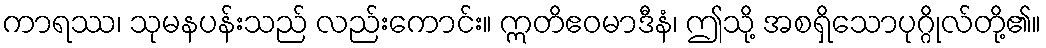
ကာရဿ၊ သုမနပန်းသည် လည်းကောင်း။ ဣတိဧဝမာဒီနံ၊ ဤသို့ အစရှိသောပုဂ္ဂိုလ်တို့၏။